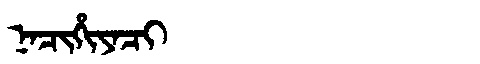
Manchu: ᠨᠠᠴᡳᡥᡳᠶᠠᠴᡳ
Romanization: NACIHIYACI